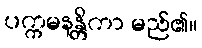
ပက္ကမနန္တိကာ မည်၏။